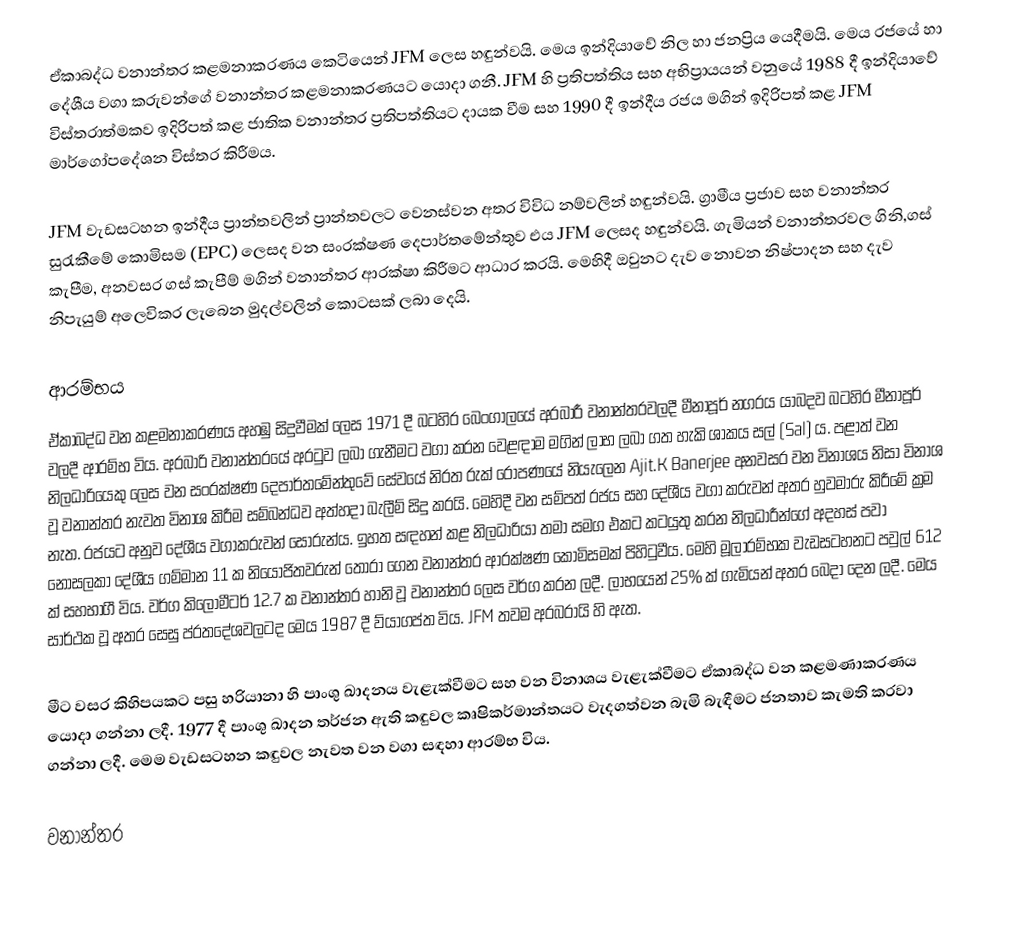
ඒකාබද්ධ වනාන්තර කළමනාකරණය කෙටියෙන් JFM ලෙස හඳුන්වයි. මෙය ඉන්දියාවේ නිල හා ජනප්‍රිය යෙදීමයි. මෙය රජයේ හා දේශීය වගා කරුවන්ගේ වනාන්තර කළමනාකරණයට යොදා ගනී. JFM හි ප්‍රතිපත්තිය සහ අභිප්‍රායයන් වනුයේ 1988 දී ඉන්දියාවේ විස්තරාත්මකව ඉදිරිපත් කළ ජාතික වනාන්තර ප්‍රතිපත්තියට දායක වීම සහ 1990 දී ඉන්දීය රජය මගින් ඉදිරිපත් කළ JFM මාර්ගෝපදේශන විස්තර කිරීමය.

JFM වැඩසටහන ඉන්දීය ප්‍රාන්තවලින් ප්‍රාන්තවලට වෙනස්වන අතර විවිධ නම්වලින් හඳුන්වයි. ග්‍රාමීය ප්‍රජාව සහ වනාන්තර සුරැකීමේ කොමිසම (EPC) ලෙසද වන සංරක්ෂණ දෙපාර්තමේන්තුව එය JFM ලෙසද හඳුන්වයි. ගැමියන් වනාන්තරවල ගිනි,ගස් කැපීම, අනවසර ගස් කැපීම් මගින් වනාන්තර ආරක්ෂා කිරීමට ආධාර කරයි. මෙහිදී ඔවුනට දැව නොවන නිෂ්පාදන සහ දැව නිපැයුම් අලෙවිකර ලැබෙන මුදල්වලින් කොටසක් ලබා දෙයි.

ආරම්භය
ඒකාබද්ධ වන කළමනාකරණය අහඹු සිදුවීමක් ලෙස 1971 දී බටහිර බෙංගාලයේ අරබාරී  වනාන්තරවලදී මීනාපූර් නගරය යාබදව බටහිර මීනාපූර් වලදී ආරම්භ විය. අරබාරි වනාන්තරයේ අරටුව ලබා ගැනීමට වගා කරන වෙළඳාම මගින් ලාභ ලබා ගත හැකි ශාකය සල් (Sal) ය. පළාත් වන නිලධාරියෙකු ලෙස වන සංරක්ෂණ දෙපාර්තමේන්තුවේ සේවයේ නිරත රුක් රෝපණයේ නියැලෙන Ajit.K Banerjee අනවසර වන විනාශය නිසා විනාශ වූ වනාන්තර නැවත විනාශ කිරීම සම්බන්ධව අත්හදා බැලීම් සිදු කරයි. මෙහිදී වන සම්පත් රජය සහ දේශීය වගා කරුවන් අතර හුවමාරු කිරීමේ ක්‍රම නැත. රජයට අනුව දේශීය වගාකරුවන් සොරුන්ය. ඉහත සඳහන් කළ නිලධාරියා තමා සමග එකට කටයුතු කරන නිලධාරීන්ගේ අදහස් පවා නොසලකා දේශීය ගම්මාන 11 ක නියෝජිතවරුන් තෝරා ගෙන වනාන්තර ආරක්ෂණ කොමිසමක් පිහිටුවීය. මෙහි මූලාරම්භක වැඩසටහනට පවුල් 612 ක් සහභාගී විය. වර්ග කිලෝමීටර් 12.7 ක වනාන්තර හානි වූ වනාන්තර ලෙස වර්ග කරන ලදී. ලාභයෙන් 25% ක් ගැමියන් අතර බෙදා දෙන ලදී. මෙය සාර්ථක වූ අතර සෙසු ප්රතදේශවලටද මෙය 1987 දී ව්යාගප්ත විය. JFM තවම අරබරායි හි ඇත.

මීට වසර කිහිපයකට පසු හරියානා හි පාංශු ඛාදනය වැළැක්වීමට සහ වන විනාශය වැළැක්වීමට ඒකාබද්ධ වන කළමණාකරණය යොදා ගන්නා ලදී. 1977 දී පාංශු ඛාදන තර්ජන ඇති කඳුවල කෘෂිකර්මාන්තයට  වැදගත්වන බැමි බැඳීම‍ට ජනතාව කැමති කරවා ගන්නා ලදී. මෙම වැඩසටහන කඳුවල නැවත වන වගා සඳහා ආරම්භ විය.

වනාන්තර